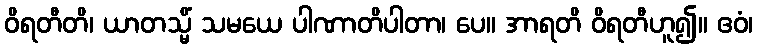
ဝိရတီတိ၊ ယာတသ္မိံ သမယေ ပါဏာတိပါတာ၊ ပေ။ အာရတိ ဝိရတီဟူ၍။ ဧဝံ၊